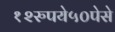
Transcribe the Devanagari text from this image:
१२रुपये५०पेसे